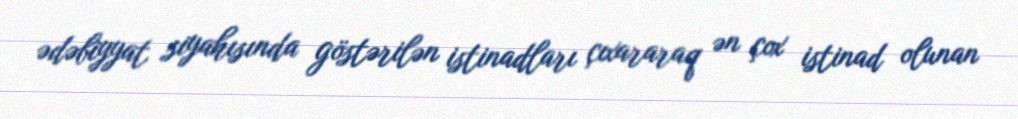
ədəbiyyat siyahısında göstərilən istinadları çıxararaq ən çox istinad olunan